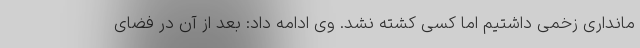
مانداری زخمی داشتیم اما کسی کشته نشد. وی ادامه داد: بعد از آن در فضای